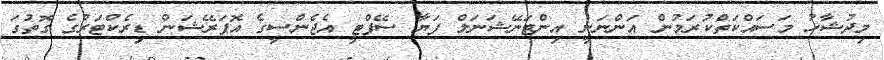
މިދުޝާހު މަސައްކަތްކުރަމުން އަންނަނީ އިންޓަނޭޝަނަލް ފަޔާ ސޭފްޓީ އެޖެންސީގެ އޮޕަރޭޝަން ޑިރެކްޓަރުގެ ގޮތުގަ